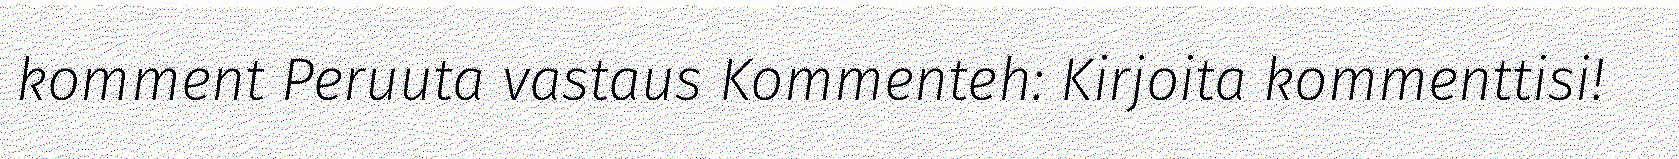
komment Peruuta vastaus Kommenteh: Kirjoita kommenttisi!